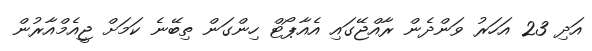
އަދި 23 އަހަރު ވަންދެން ރާއްޖޭގައި އެއާޕޯޓް ހިންގަން ތިބޭނެ ކަމަށް ޖީއެމްއާރުން